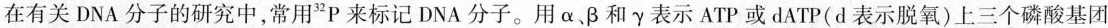
在有关DNA分子的研究中，常用^{32}P来标记DNA分子。用α、β和γ表示ATP或dATP(d表示脱氧)上三个磷酸基团